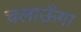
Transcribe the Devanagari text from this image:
चलाऊँगा